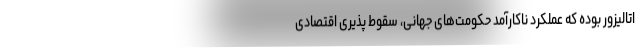
اتالیزور بوده که عملکرد ناکارآمد حکومت‌های جهانی، سقوط پذیری اقتصادی